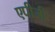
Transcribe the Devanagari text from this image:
एपीजी